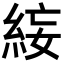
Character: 𥿺